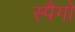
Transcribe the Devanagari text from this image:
स्पैगो